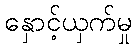
နှောင့်ယှက်မှု